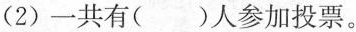
(2)一共有( )人参加投票。